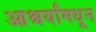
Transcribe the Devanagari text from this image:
आश्चर्यांमधून